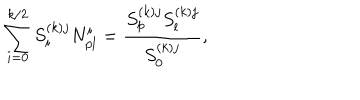
\sum _ { i = 0 } ^ { k / 2 } S _ { i } ^ { ( k ) j } N _ { p l } ^ { i } = \frac { S _ { p } ^ { ( k ) j } S _ { l } ^ { ( k ) j } } { S _ { 0 } ^ { ( k ) j } } ,